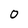
Character: 0